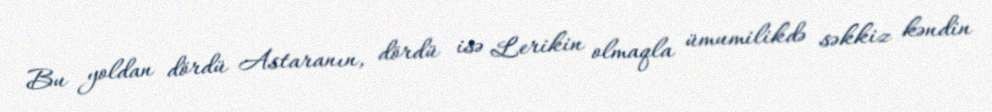
Bu yoldan dördü Astaranın, dördü isə Lerikin olmaqla ümumilikdə səkkiz kəndin